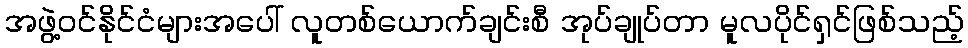
အဖွဲ့ဝင်နိုင်ငံများအပေါ် လူတစ်ယောက်ချင်းစီ အုပ်ချုပ်တာ မူလပိုင်ရှင်ဖြစ်သည့်